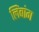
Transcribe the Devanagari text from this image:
लिंबांग